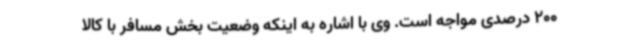
200 درصدی مواجه است. وی با اشاره به اینکه وضعیت بخش مسافر با کالا